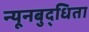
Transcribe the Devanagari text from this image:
न्यूनबुद्धिता